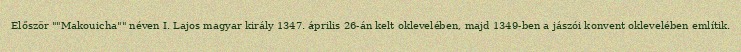
Először ""Makouicha"" néven I. Lajos magyar király 1347. április 26-án kelt oklevelében, majd 1349-ben a jászói konvent oklevelében említik.